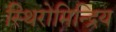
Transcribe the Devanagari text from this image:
स्थिरोमिन्द्रिय